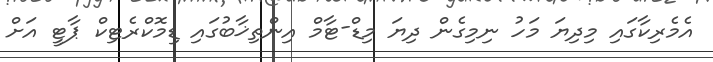
އެމެރިކާގައި މިދިޔަ މަހު ނިމިގެން ދިޔަ މިޑް-ޓާމް އިންތިޚާބުގައި ޑިމޮކްރެޓިކް ޕާޓީ އަށް